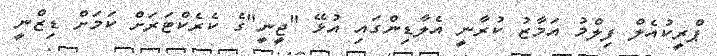
ޕްރީކުއެލް ފިލްމު އަމާޒު ކުރާނީ އެލާޑިންގައި އުޅޭ "ޖީނީ"ގެ ކެރެކްޓަރަށް ކަމަށް ޑިޒްނީ